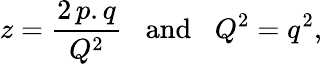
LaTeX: z=\frac{2\, p.q}{Q^{2}}\, \, \, \, \, \mathrm{and}\, \, \, \, \, Q^{2}=q^{2},